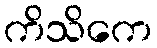
ကိသိကေ